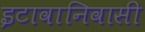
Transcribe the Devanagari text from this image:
इटावानिवासी